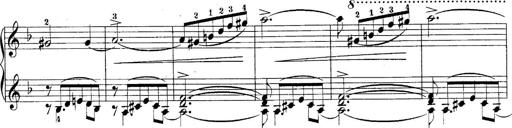
Title: 10 Sonatines progressives
Composer: Anton Schmoll